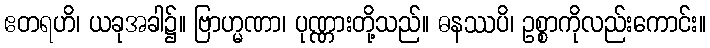
ဧတရဟိ၊ ယခုအခါ၌။ ဗြာဟ္မဏာ၊ ပုဏ္ဏားတို့သည်။ ဓနဿပိ၊ ဥစ္စာကိုလည်းကောင်း။